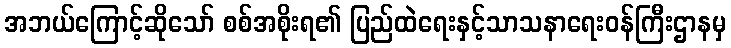
အဘယ်ကြောင့်ဆိုသော် စစ်အစိုးရ၏ ပြည်ထဲရေးနှင့်သာသနာရေးဝန်ကြီးဌာနမှ